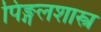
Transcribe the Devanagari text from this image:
पिङ्गलशास्त्र